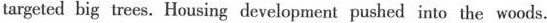
targeted big trees. Housing development pushed into the woods.